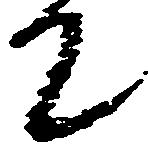
て